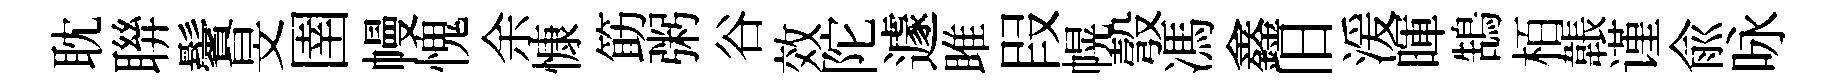
耽聨鬢旻圉幔愧余慷筯粥谷效陀遽雎叚幌彀馮鑫旧湲暉鵠栢韔谨兪咏